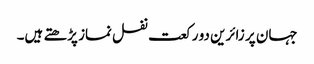
جہان پر زائرین دو رکعت نفل نماز پڑھتے ہیں۔